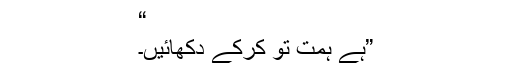
“
”ہے ہمت تو کرکے دکھائیں۔